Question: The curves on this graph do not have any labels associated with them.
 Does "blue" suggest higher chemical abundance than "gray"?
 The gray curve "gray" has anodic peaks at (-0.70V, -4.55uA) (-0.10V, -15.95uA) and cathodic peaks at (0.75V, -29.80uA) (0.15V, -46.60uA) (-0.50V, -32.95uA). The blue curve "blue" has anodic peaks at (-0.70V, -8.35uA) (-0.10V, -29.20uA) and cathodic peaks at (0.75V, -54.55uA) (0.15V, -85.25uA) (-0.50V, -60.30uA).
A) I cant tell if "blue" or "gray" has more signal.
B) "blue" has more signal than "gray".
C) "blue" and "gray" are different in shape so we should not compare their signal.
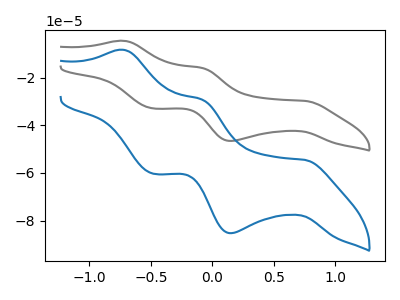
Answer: <think>All the peaks in "blue" have a peak in "gray" at the same potential.
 </think>
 <answer>A) I cant tell if "blue" or "gray" has more signal.</answer>
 <eval>A</eval>